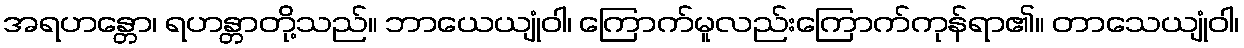
အရဟန္တော၊ ရဟန္တာတို့သည်။ ဘာယေယျုံဝါ၊ ကြောက်မူလည်းကြောက်ကုန်ရာ၏။ တာသေယျုံဝါ၊